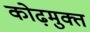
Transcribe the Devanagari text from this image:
कोढ़मुक्त